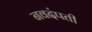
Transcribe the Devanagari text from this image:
नवदंपती